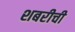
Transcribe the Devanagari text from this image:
शबरीची